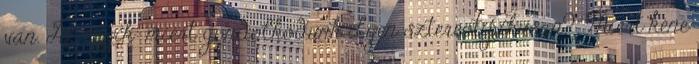
van. Az egyik: miért gondolkodunk ilyen sztereotipikusan? Miért kéne